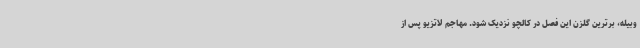
وبیله، برترین گلزن این فصل در کالچو نزدیک شود. مهاجم لاتزیو پس از